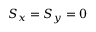
S _ { x } = S _ { y } = 0